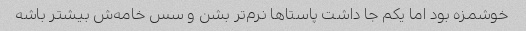
خوشمزه بود اما یکم جا داشت پاستاها نرم‌تر بشن و سس خامه‌ش بیشتر باشه